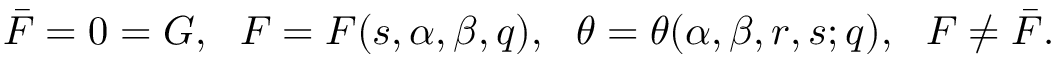
\bar { \cal F } = 0 = { \cal G } , \ \ { \cal F } = { \cal F } ( s , \alpha , \beta , q ) , \ \ \theta = \theta ( \alpha , \beta , r , s ; q ) , \ \ { \cal F } \not = \bar { \cal F } .